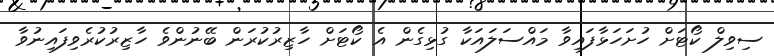
ސިވިލް ކޯޓަށް ހުށަހަޅާފައިވާ މައްސަލައަކާ ގުޅިގެން އެ ކޯޓަށް ހާޒިރުކުރަން ބޭނުންވެ ހާޒިރުކުރެވިފައިނުވާ